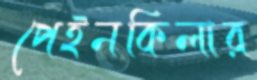
পেইনকিলার